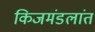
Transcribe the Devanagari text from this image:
किजमंडलांत